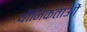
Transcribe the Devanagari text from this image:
यौनिकताओं